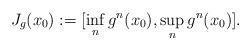
LaTeX: \begin{align*} J_g(x_0):=[\inf_n g^n(x_0), \sup_n g^n(x_0)].\end{align*}